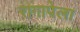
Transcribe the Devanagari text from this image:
रागापेला